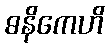
ဓနိကေဟိ